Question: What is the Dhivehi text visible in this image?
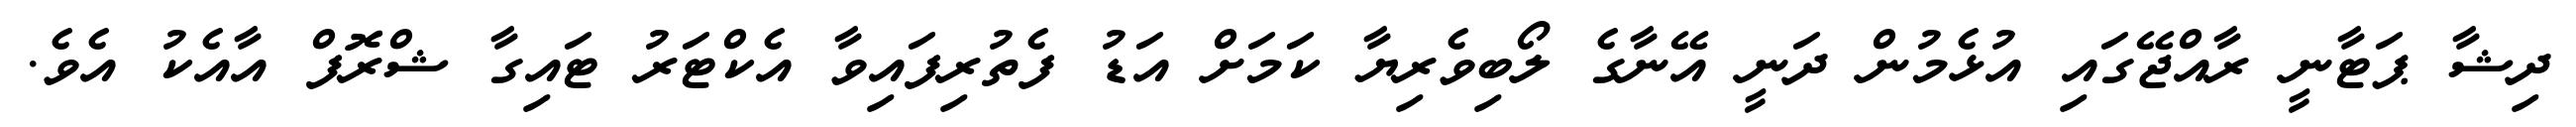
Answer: ދިޝާ ޕަޓާނީ ރާއްޖޭގައި އުޅެމުން ދަނީ އޭނާގެ ލޯބިވެރިޔާ ކަމަށް އަޑު ފެތުރިފައިވާ އެކްޓަރު ޓައިގާ ޝްރޮފް އާއެކު އެވެ.